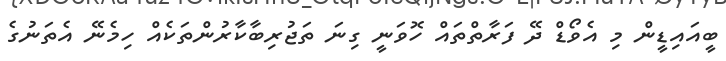
ބީއައިޑީން މި އެވޯޑް ދޭ ފަރާތްތައް ހޮވަނީ ގިނަ ތަޖުރިބާކާރުންތަކެއް ހިމެނޭ އެތަނުގެ